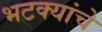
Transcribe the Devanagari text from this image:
भटक्यांचे